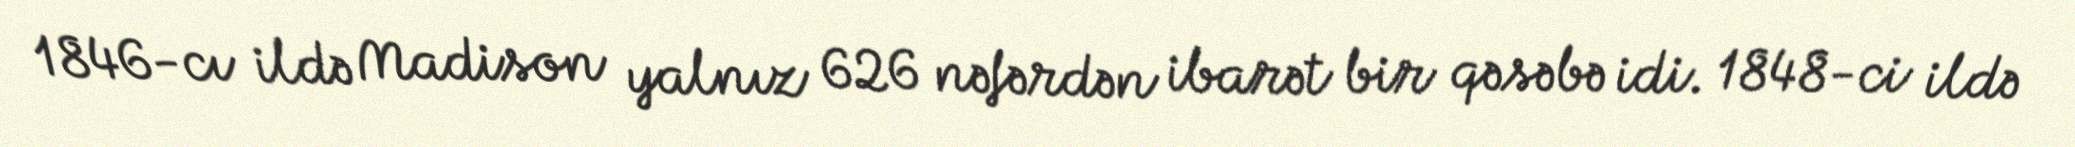
1846-cı ildə Madison yalnız 626 nəfərdən ibarət bir qəsəbə idi. 1848-ci ildə